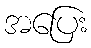
အပြေး